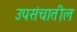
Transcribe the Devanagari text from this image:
उपसंचातील